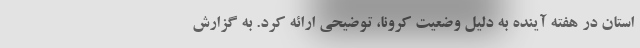
استان در هفته آینده به دلیل وضعیت کرونا، توضیحی ارائه کرد. به گزارش